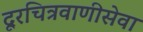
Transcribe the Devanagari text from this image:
दूरचित्रवाणीसेवा